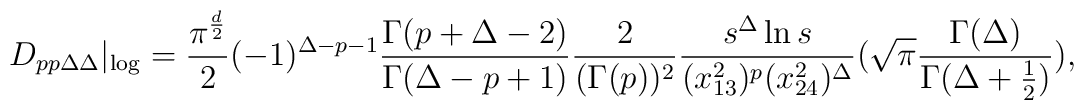
D_{pp\Delta\Delta}|_{\log}=\frac{\pi^{\frac{d}{2}}}{2}(-1)^{\Delta-p-1}\frac{\Gamma(p+\Delta-2)}{\Gamma(\Delta-p+1)}\frac{2}{(\Gamma(p))^{2}}\frac{s^{\Delta}\ln s}{(x_{13}^{2})^{p}(x_{24}^{2})^{\Delta}}(\sqrt{\pi}\frac{\Gamma(\Delta)}{\Gamma(\Delta+\frac{1}{2})}),